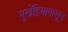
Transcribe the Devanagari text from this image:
मुखेंद्रियापासून